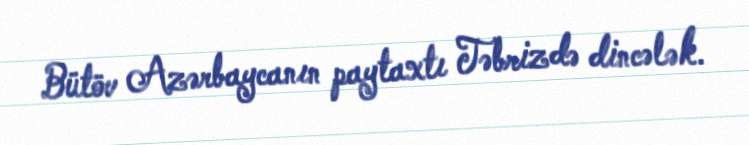
Bütöv Azərbaycanın paytaxtı Təbrizdə dincələk.